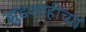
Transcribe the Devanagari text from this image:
झुंडशाहीच्या